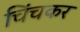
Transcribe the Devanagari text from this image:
चिंचकर